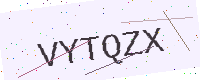
Text: VYTQZX